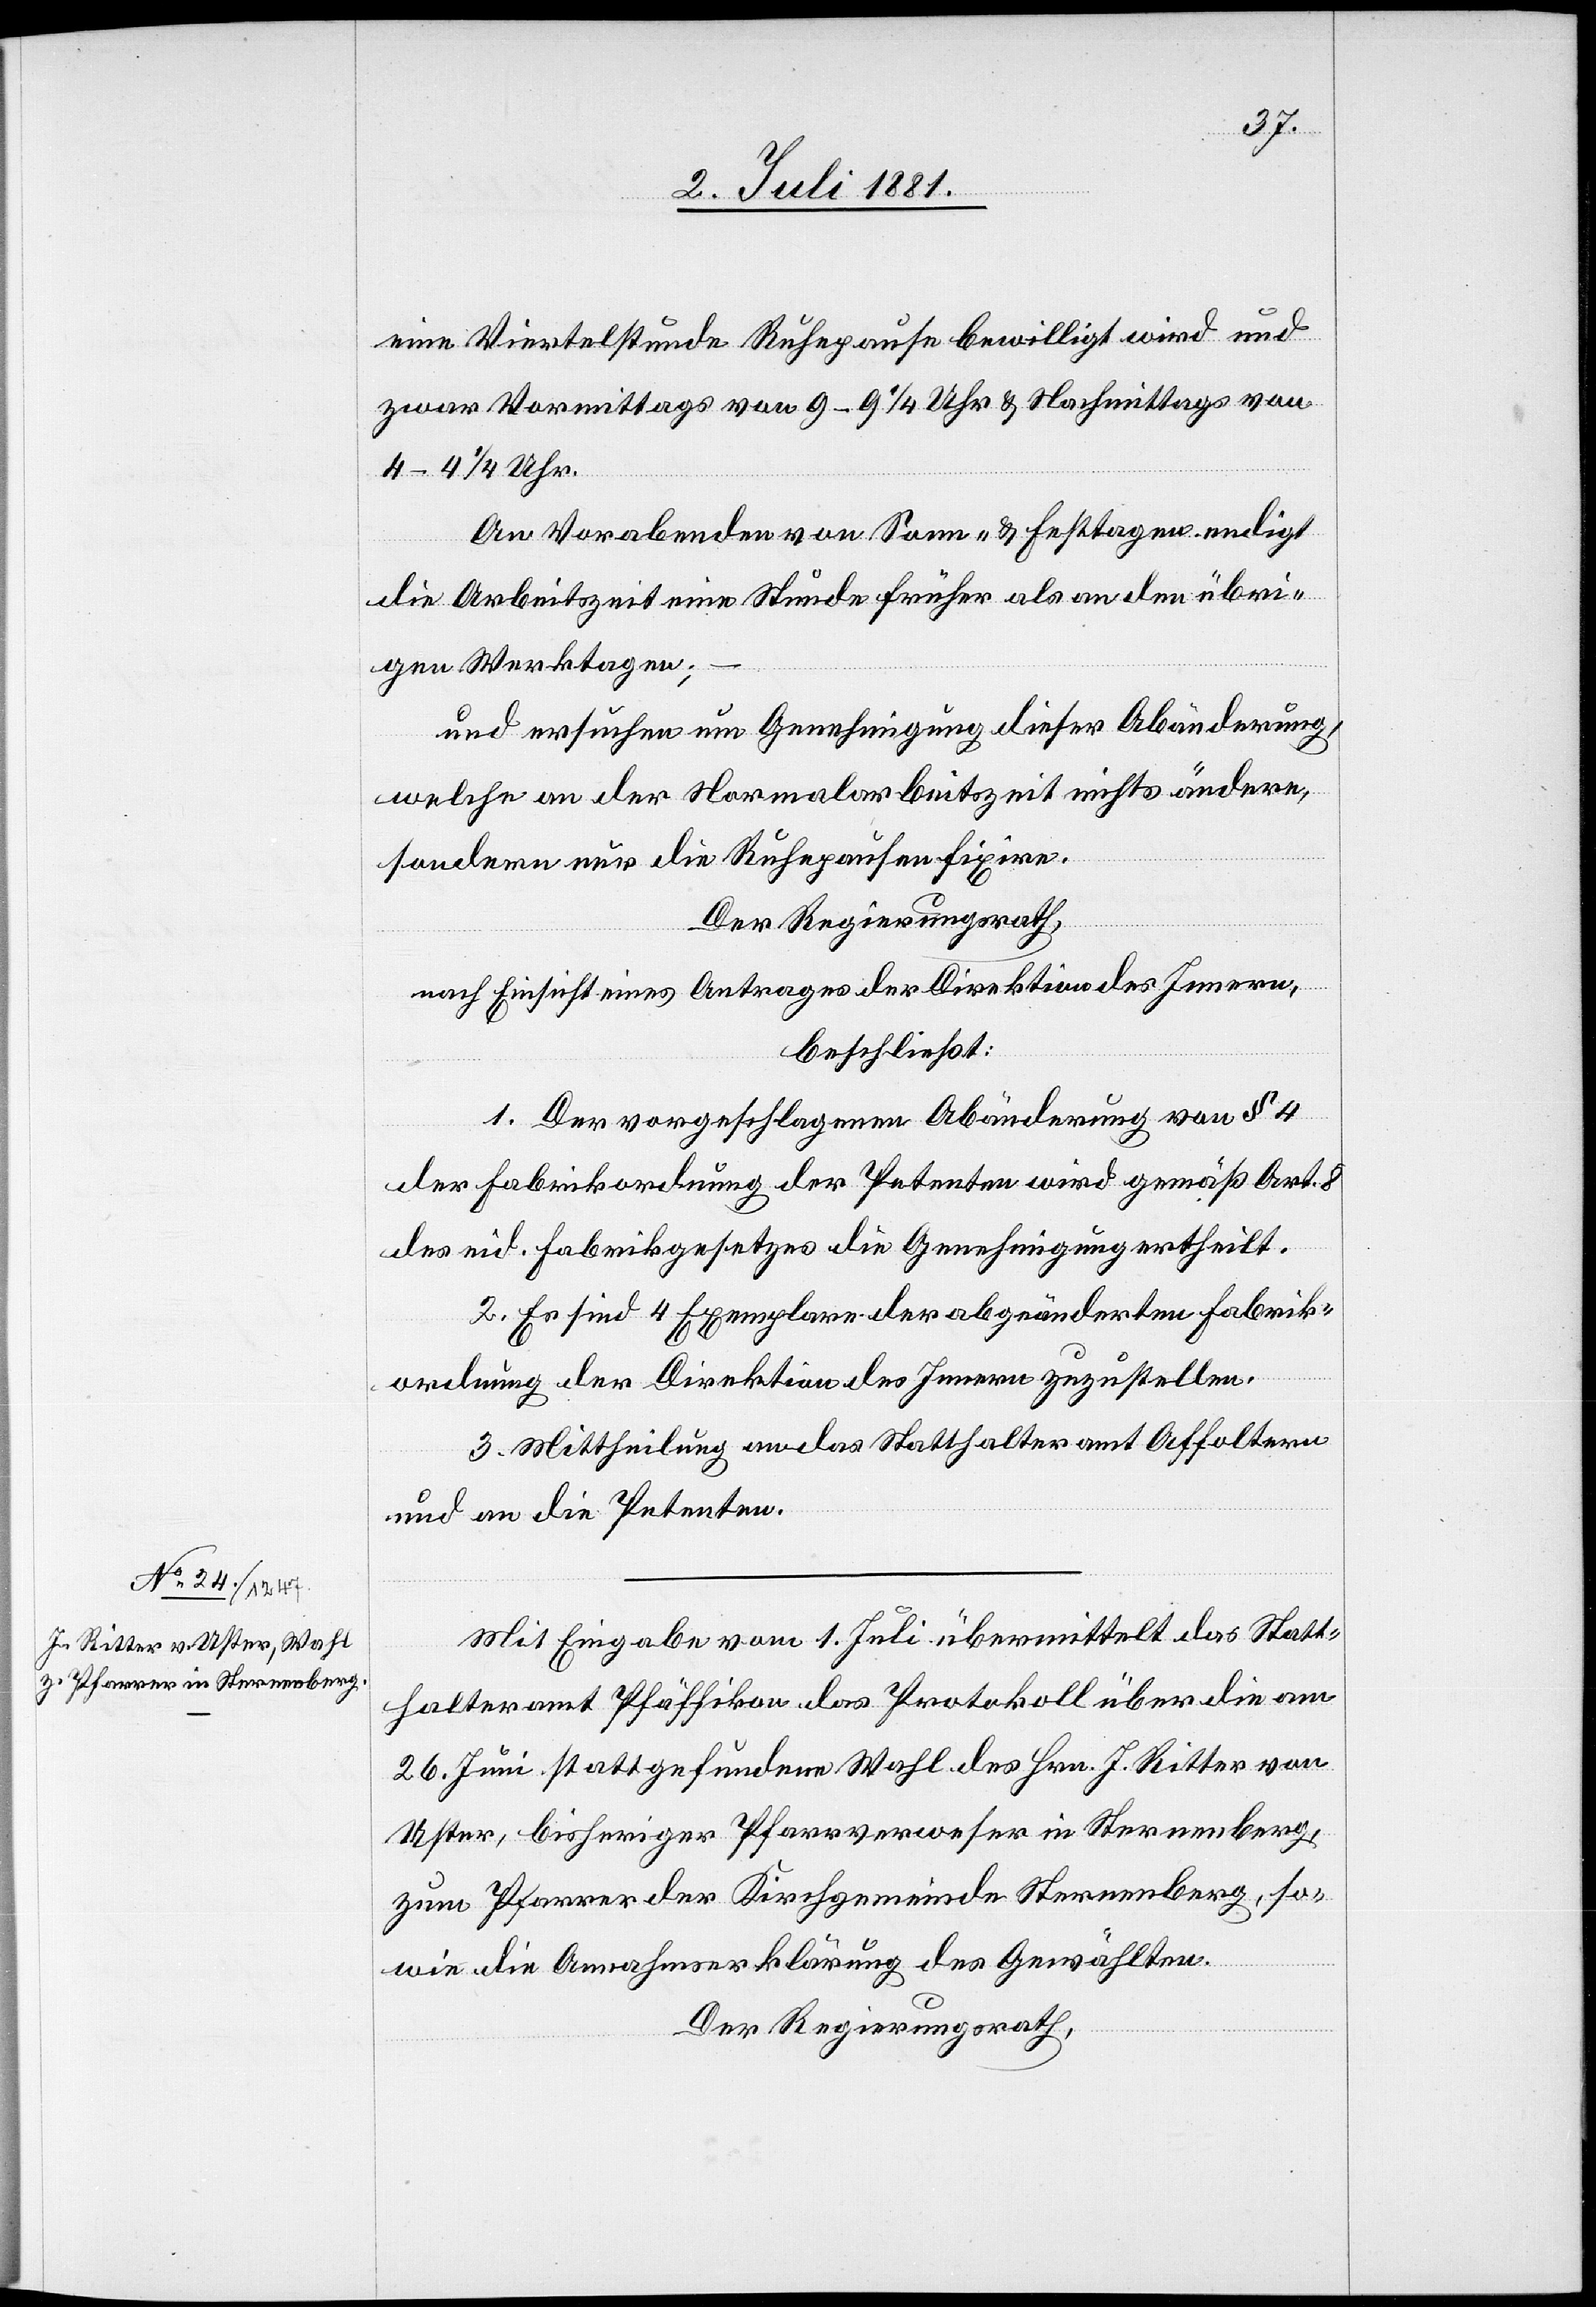
eine Viertelstunde Ruhepause bewilligt wird und
zwar Vormittags von 9–9 1/4 Uhr & Nachmittags von
4–4 1/4 Uhr.
An Vorabenden von Sonn- & Festtagen endigt
die Arbeitszeit eine Stunde früher als an den übri¬
gen Werktagen;
und ersuchen um Genehmigung dieser Abänderung,
welche an der Normalarbeitszeit nichts ändere,
sondern nur die Ruhepausen fixire.
Der Regierungsrath,
nach Einsicht eines Antrages der Direktion des Innern,
beschließt:
1. Der vorgeschlagenen Abänderung von § 4
der Fabrikordnung der Petenten wird gemäß Art. 8
des eid. Fabrikgesetzes die Genehmigung ertheilt.
2. Es sind 4 Exemplare der abgeänderten Fabrik¬
ordnung der Direktion des Innern zuzustellen.
3. Mittheilung an das Statthalteramt Affoltern
und an die Petenten.
Mit Eingabe vom 1. Juli übermittelt das Statt¬
halteramt Pfäffikon das Protokoll über die am
26. Juni stattgefundene Wahl des Hrn. J. Ritter von
Uster, bisheriger Pfarrverweser in Sternenberg,
zum Pfarrer der Kirchgemeinde Sternenberg, so¬
wie die Annahmserklärung des Gewählten.
Der Regierungsrath,